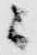
ニ